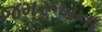
જમરૂખના